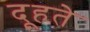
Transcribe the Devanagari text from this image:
दूहते